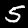
Label: 5